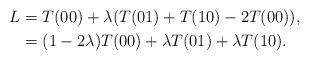
LaTeX: \begin{align*}L&=T(00)+\lambda(T(01)+T(10)-2T(00)),\\&=(1-2\lambda)T(00)+\lambda T(01)+\lambda T(10).\end{align*}